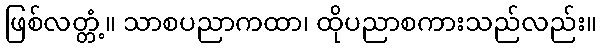
ဖြစ်လတ္တံ့။ သာစပညာကထာ၊ ထိုပညာစကားသည်လည်း။